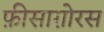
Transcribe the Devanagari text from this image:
फ़ीसाग़ोरस